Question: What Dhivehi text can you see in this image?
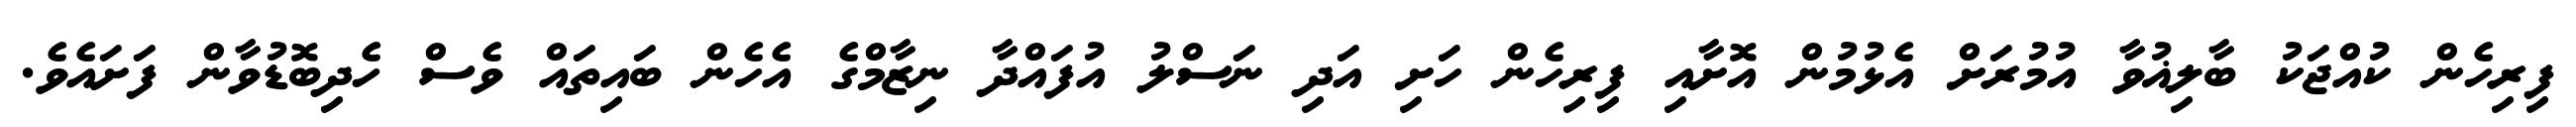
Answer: ފިރިހެން ކުއްޖަކު ބާލިޣުވާ އުމުރަށް އެޅުމުން އޮށާއި ފިރިހެން ހަށި އަދި ނަސްލު އުފައްދާ ނިޒާމްގެ އެހެން ބައިތައް ވެސް ހެދިބޮޑުވާން ފަށައެވެ.